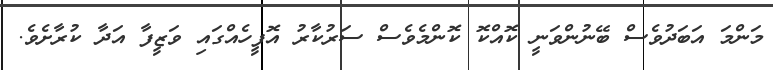
މަންމަ އަބަދުވެސް ބޭނުންވަނީ ކޮއްކޮ ކޮންމެވެސް ސަރުކާރު އޮފީހެއްގައި ވަޒީފާ އަދާ ކުރާށެވެ.